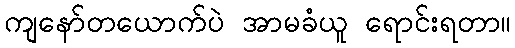
ကျနော်တယောက်ပဲ အာမခံယူ ရောင်းရတာ။